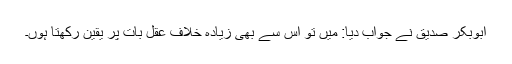
ابوبکر صدیقؓ نے جواب دیا: میں تو اس سے بھی زیادہ خلاف عقل بات پر یقین رکھتا ہوں۔